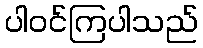
ပါဝင်ကြပါသည်